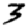
Digit: 3